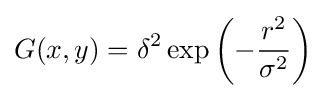
G(x,y)=\delta ^{2}\exp \left(-{\frac {r^{2}}{\sigma ^{2}}}\right)